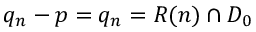
q _ { n } - p = q _ { n } = R ( n ) \cap { \cal D } _ { 0 }